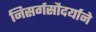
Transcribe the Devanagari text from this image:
निसर्गसौदर्याने